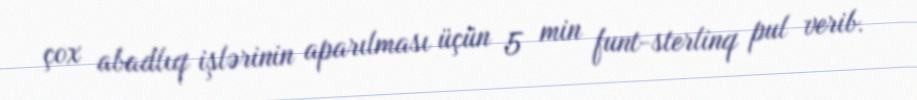
çox abadlıq işlərinin aparılması üçün 5 min funt-sterlinq pul verib.